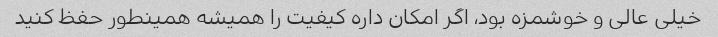
خیلی عالی و خوشمزه بود، اگر امکان داره کیفیت را همیشه همینطور حفظ کنید